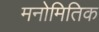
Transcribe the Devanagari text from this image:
मनोमितिक